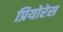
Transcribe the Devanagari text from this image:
प्रियोरेस